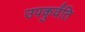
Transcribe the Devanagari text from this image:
उपकुर्वंति